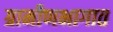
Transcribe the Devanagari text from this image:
ग्रामीणभागात